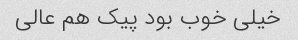
خیلی خوب بود پیک هم عالی